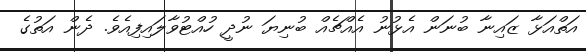
އަތްއަޅާ ޒައިނާ ބުނަން އެޅުނު އެއްޗެއް ބުނިޔަ ނުދީ ހުއްޓުވާލައިފިއެވެ. ދެން އަތުގެ